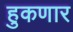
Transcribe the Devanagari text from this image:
हुकणार